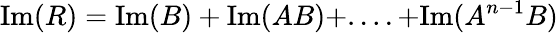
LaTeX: \mathrm{Im}(R)=\mathrm{Im}(B)+\mathrm{Im}(AB)+....+\mathrm{Im}(A^{n-1}B)